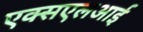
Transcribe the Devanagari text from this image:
एक्सएलआई